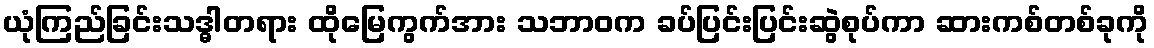
ယုံကြည်ခြင်းသဒ္ဓါတရား ထိုမြေကွက်အား သဘာဝက ခပ်ပြင်းပြင်းဆွဲစုပ်ကာ ဆားကစ်တစ်ခုကို